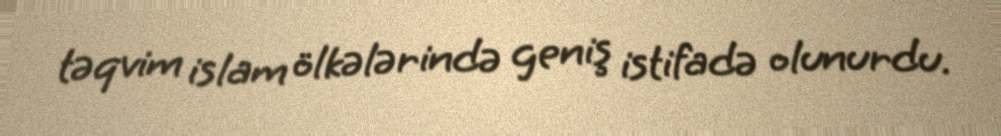
təqvim islam ölkələrində geniş istifadə olunurdu.